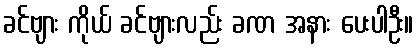
ခင်ဗျား ကိုယ် ခင်ဗျားလည်း ခဏ အနား ပေးပါဦး။